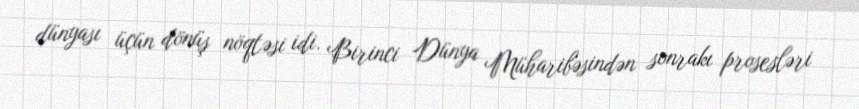
dünyası üçün dönüş nöqtəsi idi. Birinci Dünya Müharibəsindən sonrakı prosesləri